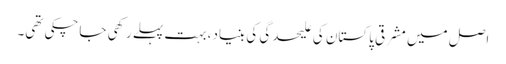
اصل میں مشرقی پاکستان کی علیحدگی کی بنیاد، بہت پہلے رکھی جاچکی تھی۔